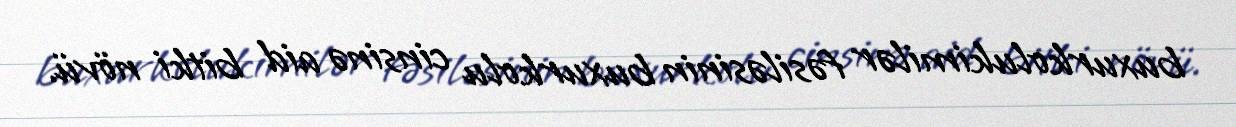
buxurkolukimilər fəsiləsinin buxurkolu cinsinə aid bitki növü.